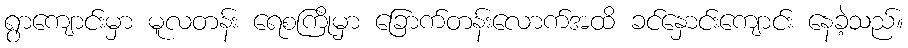
ရွာကျောင်းမှာ မူလတန်း ရေစကြိုမှာ ခြောက်တန်းလောက်အထိ ခင်နှောင်းကျောင်း နေခဲ့သည်။